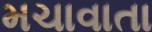
મચાવાતા